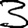
Digit: 3